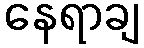
နေရာချ